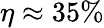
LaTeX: \eta\approx 35\%